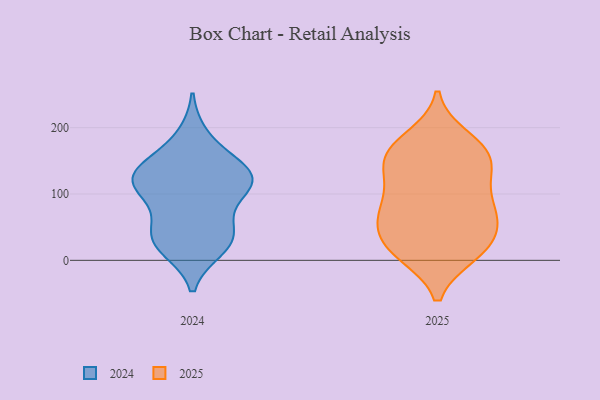
{"axis": {"x": "Tickets Resolved", "y": "Value"}, "legend": ["2024", "2025"], "data": [{"x": "", "y": 38, "type": "2025"}, {"x": "", "y": 134, "type": "2025"}, {"x": "", "y": 141, "type": "2025"}, {"x": "", "y": 81, "type": "2025"}, {"x": "", "y": 70, "type": "2025"}, {"x": "", "y": 166, "type": "2025"}, {"x": "", "y": 51, "type": "2025"}, {"x": "", "y": 94, "type": "2025"}, {"x": "", "y": 150, "type": "2025"}, {"x": "", "y": 73, "type": "2025"}, {"x": "", "y": 116, "type": "2025"}, {"x": "", "y": 163, "type": "2025"}, {"x": "", "y": 170, "type": "2025"}, {"x": "", "y": 15, "type": "2025"}, {"x": "", "y": 58, "type": "2025"}, {"x": "", "y": 13, "type": "2025"}, {"x": "", "y": 10, "type": "2025"}, {"x": "", "y": 184, "type": "2025"}, {"x": "", "y": 16, "type": "2025"}, {"x": "", "y": 125, "type": "2024"}, {"x": "", "y": 110, "type": "2024"}, {"x": "", "y": 43, "type": "2024"}, {"x": "", "y": 151, "type": "2024"}, {"x": "", "y": 34, "type": "2024"}, {"x": "", "y": 46, "type": "2024"}, {"x": "", "y": 121, "type": "2024"}, {"x": "", "y": 19, "type": "2024"}, {"x": "", "y": 186, "type": "2024"}, {"x": "", "y": 135, "type": "2024"}, {"x": "", "y": 121, "type": "2024"}, {"x": "", "y": 24, "type": "2024"}, {"x": "", "y": 95, "type": "2024"}, {"x": "", "y": 122, "type": "2024"}]}